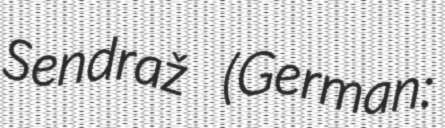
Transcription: Sendraž (German: